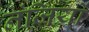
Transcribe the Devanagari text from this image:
नंजियों